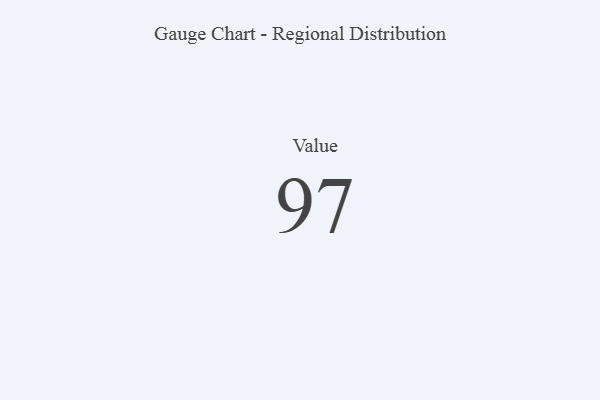
{"axis": {"x": "Metric", "y": "Value"}, "legend": [""], "data": [{"x": "Value", "y": 97, "type": ""}]}